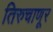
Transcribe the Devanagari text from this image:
तिरुचाणूर